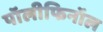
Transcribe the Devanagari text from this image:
पॉलीफिनॉल